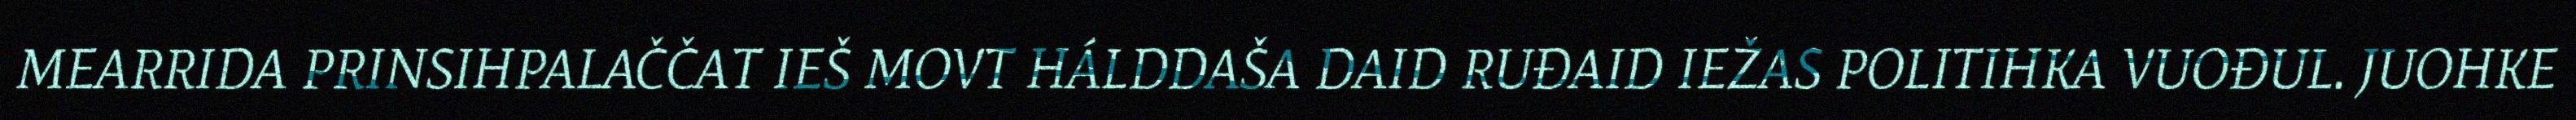
MEARRIDA PRINSIHPALAČČAT IEŠ MOVT HÁLDDAŠA DAID RUĐAID IEŽAS POLITIHKA VUOĐUL. JUOHKE